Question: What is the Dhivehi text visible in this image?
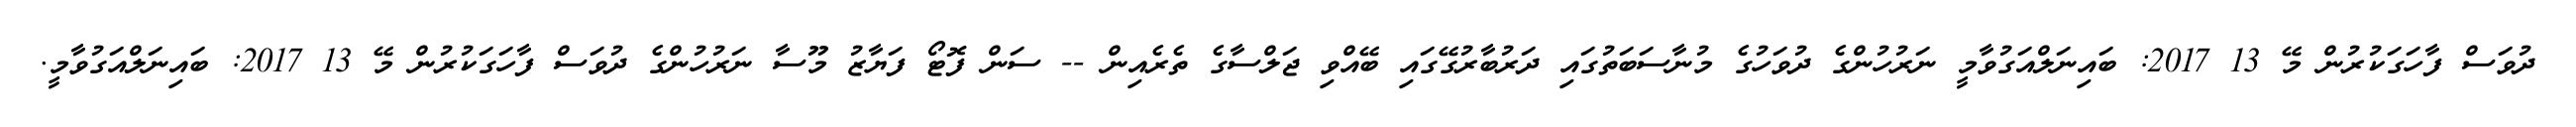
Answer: ދުވަސް ފާހަގަކުރުން މޭ 13 2017: ބައިނަލްއަގުވާމީ ނަރުހުންގެ ދުވަހުގެ މުނާސަބަތުގައި ދަރުބާރުގޭގައި ބޭއްވި ޖަލްސާގެ ތެރެއިން -- ސަން ފޮޓޯ ފަޔާޒު މޫސާ ނަރުހުންގެ ދުވަސް ފާހަގަކުރުން މޭ 13 2017: ބައިނަލްއަގުވާމީ.